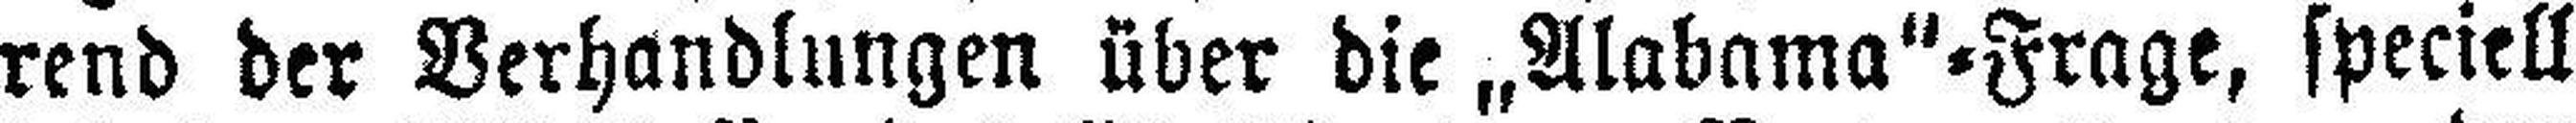
rend der Verhandlungen über die „Alabama“=Frage, speciell